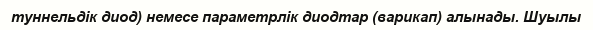
туннельдік диод) немесе параметрлік диодтар (варикап) алынады. Шуылы